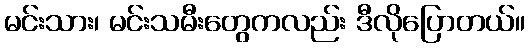
မင်းသား၊ မင်းသမီးတွေကလည်း ဒီလိုပြောတယ်။